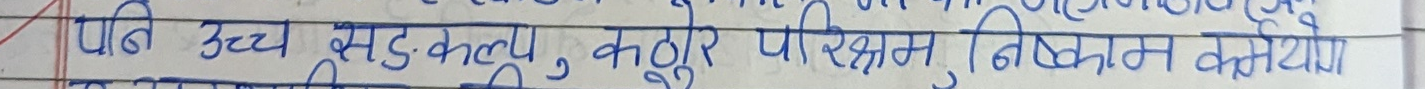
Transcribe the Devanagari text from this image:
पनि उच्च सङ्कल्प्य, कठोरे परिश्रमं निष्काम कर्मेण